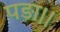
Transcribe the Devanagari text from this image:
पड़ा।।